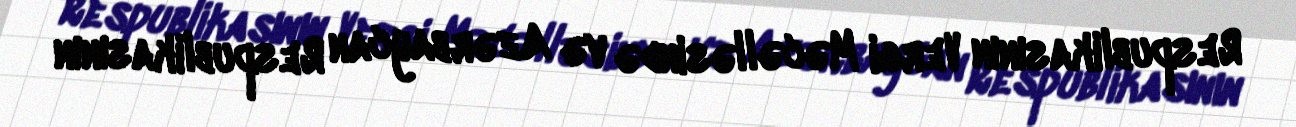
Respublikasının Vergi Məcəlləsində və Azərbaycan Respublikasının